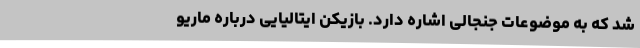
شد که به موضوعات جنجالی اشاره دارد. بازیکن ایتالیایی درباره ماریو